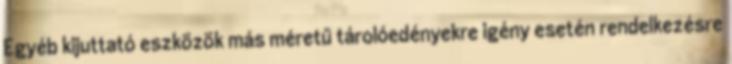
Egyéb kijuttató eszközök más méretű tárolóedényekre igény esetén rendelkezésre